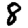
Digit: 8